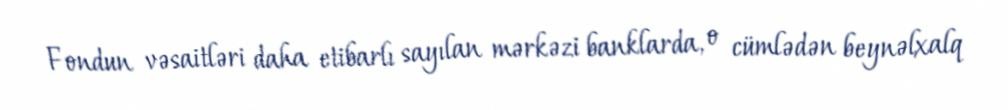
Fondun vəsaitləri daha etibarlı sayılan mərkəzi banklarda, o cümlədən beynəlxalq